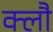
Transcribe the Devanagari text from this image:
क्लौ